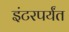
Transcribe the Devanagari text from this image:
इंटरपर्यंत